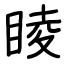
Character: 睖